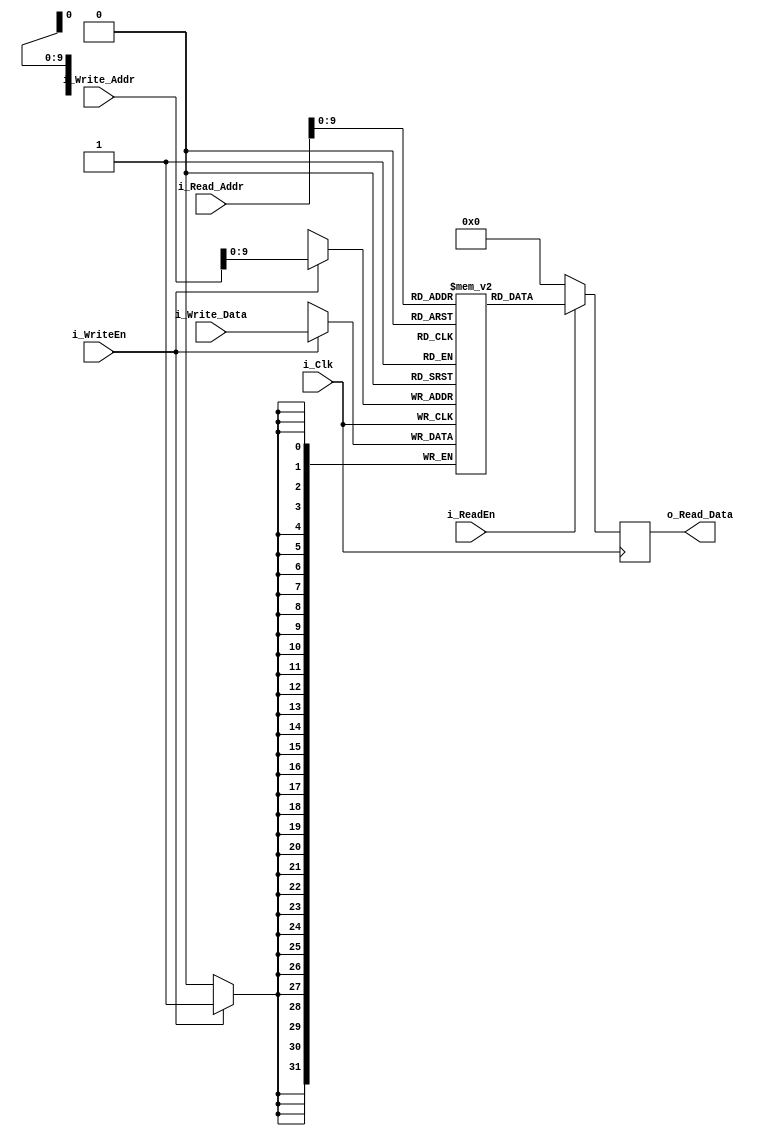
/*
--------------------------------------------------------------------------------
-- COPYRIGHT (c) 2022, Alessandro Dei Giudici <alessandro.deig@live.it>
--------------------------------------------------------------------------------
-- THIS SOFTWARE IS PROVIDED BY THE COPYRIGHT HOLDERS AND CONTRIBUTORS "AS IS" -
-- AND ANY EXPRESS OR IMPLIED WARRANTIES, INCLUDING, BUT NOT LIMITED TO, THE   -
-- IMPLIED WARRANTIES OF MERCHANTABILITY AND FITNESS FOR A PARTICULAR PURPOSE  -
-- ARE DISCLAIMED. IN NO EVENT SHALL THE COPYRIGHT HOLDER OR CONTRIBUTORS BE   -
-- LIABLE FOR ANY DIRECT, INDIRECT, INCIDENTAL, SPECIAL, EXEMPLARY, OR         -
-- CONSEQUENTIAL DAMAGES (INCLUDING, BUT NOT LIMITED TO, PROCUREMENT OF        -
-- SUBSTITUTE GOODS OR SERVICES; LOSS OF USE, DATA, OR PROFITS; OR BUSINESS    -
-- INTERRUPTION) HOWEVER CAUSED AND ON ANY THEORY OF LIABILITY, WHETHER IN     -
-- CONTRACT, STRICT LIABILITY, OR TORT (INCLUDING NEGLIGENCE OR OTHERWISE)     -
-- ARISING IN ANY WAY OUT OF THE USE OF THIS SOFTWARE, EVEN IF ADVISED OF THE  -
-- POSSIBILITY OF SUCH DAMAGE.                                                 -
--------------------------------------------------------------------------------
-- Project : KayRV32                                                           -
-- Function: A file containing the Data Memory                                 -
--------------------------------------------------------------------------------
*/

`timescale 1ns / 1ps
 
module DataMem #(
	parameter BYTESIZE=1024
	)(	
	// System
	input wire 			i_Clk,

	// Data
	input wire 			  i_WriteEn,
	input wire [31:0] i_Write_Addr,
	input wire [31:0] i_Write_Data,
	input wire 		   	i_ReadEn,
	input wire [31:0] i_Read_Addr,
	output reg [31:0] o_Read_Data
	);
	
	reg [31:0] r_DataMem[0:BYTESIZE-1]; 	// X words of 32-bit

	/* Data memory logic */
	always @(posedge i_Clk)
	begin
		// Read
		if (i_ReadEn) begin
			o_Read_Data <= r_DataMem[i_Read_Addr];
		end else begin
			o_Read_Data <= 32'd0;
      end
      
		// Write
		if (i_WriteEn) begin
			r_DataMem[i_Write_Addr] <= i_Write_Data;
		end	
	end	
	
endmodule